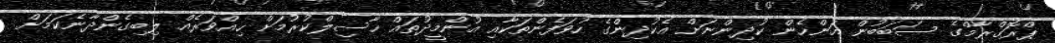
ޕްރޮގްރާމްގެ ސަބަބުން އަންހެން ކުދިންނަށް އެކުދިންގެ ހުވަފެންތަކާއި އުންމީދުތައް ހާސިލްކުރުމަށް ހިއްވަރެއް ލިބިގެންދާނެކަމަށް